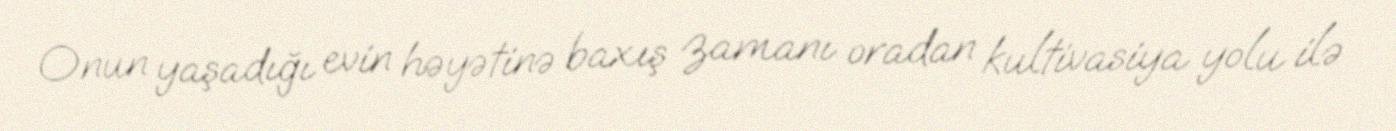
Onun yaşadığı evin həyətinə baxış zamanı oradan kultivasiya yolu ilə